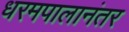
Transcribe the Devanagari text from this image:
धरमपालानंतर